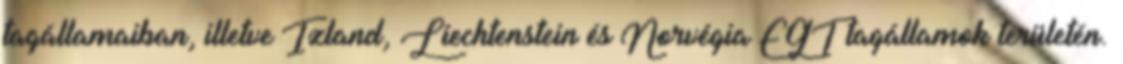
tagállamaiban, illetve Izland, Liechtenstein és Norvégia EGT tagállamok területén.